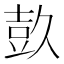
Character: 𭐕